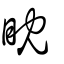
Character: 眈